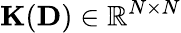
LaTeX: {\mathbf K}({\mathbf D})\in\mathbb{R}^{N\times N}